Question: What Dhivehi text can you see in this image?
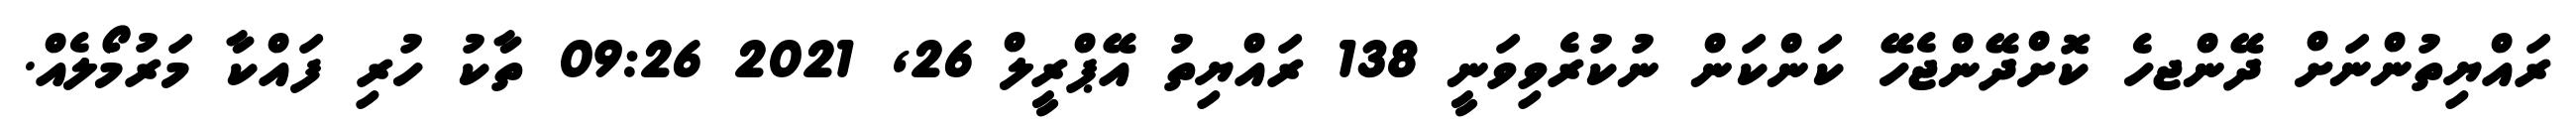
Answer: ރައްޔިތުންނަށް ދޭންޖހެ ކޮށްދޭންޖެހޭ ކަންކަން ނުކުރެވިވަނީ 138 ރައްޔިތު އޭޕްރީލް 26, 2021 09:26 ތާކު ހުރި ފައްކާ މަރުމޯލެއް.